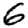
Digit: 6